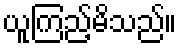
ယူကြည့်မိသည်။